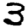
Digit: 3